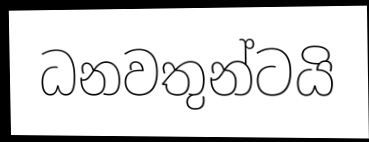
ධනවතුන්ටයි